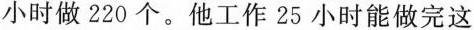
小时做220个。他工作25小时能做完这